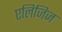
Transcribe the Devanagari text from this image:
एलिजिज